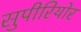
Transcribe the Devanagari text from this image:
सुपीरियोर